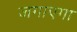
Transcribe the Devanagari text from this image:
जगाएगा